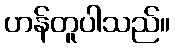
ဟန်တူပါသည်။